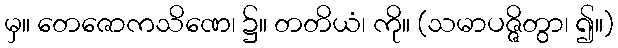
မှ။ တေဇောကသိဏေ၊ ၌။ တတိယံ၊ ကို။ (သမာပဇ္ဇိတွာ၊ ၍။)